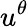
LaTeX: u^{\theta}